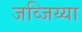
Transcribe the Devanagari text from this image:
जव्जिय्या